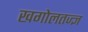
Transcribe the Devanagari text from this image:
खगोलतज्ज्ञ